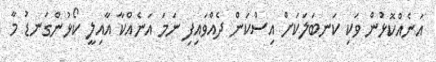
އަނެއްކޮޅުން ވަކި ކަނބަލަކަށް އިސްކަން ދެއްވައިފި ނަމަ އަނެއްކާ އާއިލީ ކޯޅުންގަނޑު މާ